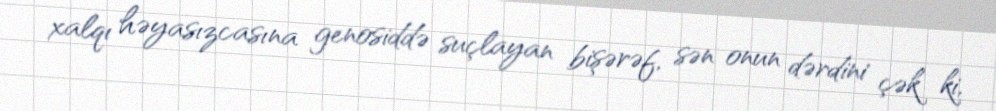
xalqı həyasızcasına genosiddə suçlayan bişərəf, sən onun dərdini çək ki,